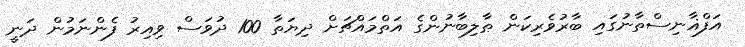
އަފްޣާނިސްތާނުގައި ބާރުވެރިކަން ޠާލިބާނުންގެ އަތްމައްޗަށް ދިޔަތާ 100 ދުވަސް ވިއިރު ފެންނަމުން ދަނީ